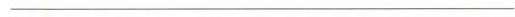
_______________________